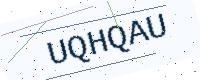
Text: UQHQAU